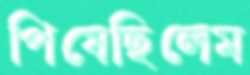
পিষেছিলেম